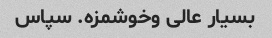
بسیار عالی وخوشمزه. سپاس